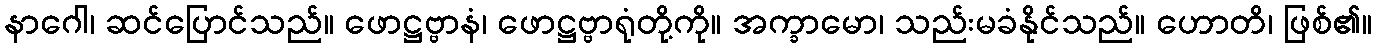
နာဂေါ၊ ဆင်ပြောင်သည်။ ဖောဋ္ဌဗ္ဗာနံ၊ ဖောဋ္ဌဗ္ဗာရုံတို့ကို။ အက္ခာမော၊ သည်းမခံနိုင်သည်။ ဟောတိ၊ ဖြစ်၏။